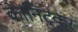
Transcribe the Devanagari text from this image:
कानिट्कर